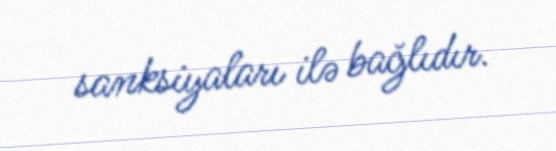
sanksiyaları ilə bağlıdır.